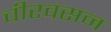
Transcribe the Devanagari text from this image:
चीरवसन